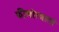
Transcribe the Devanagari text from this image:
फीलोस्त्रातो